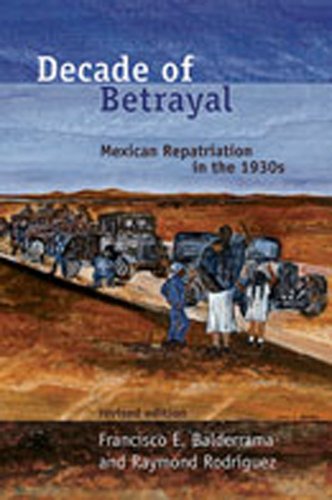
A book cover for Decade of Betrayal: Mexican Repatriation in the 1930s; Francisco E. Balderrama; Business & Money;